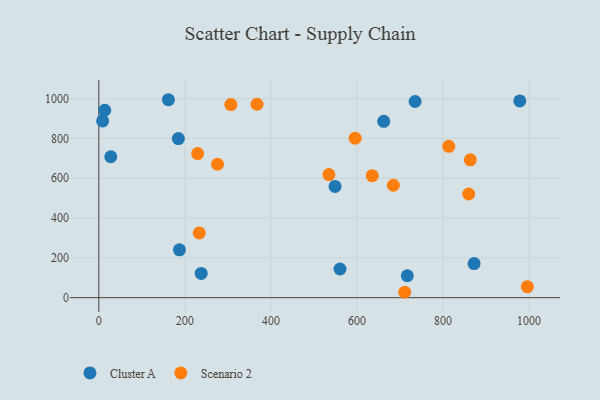
{"axis": {"x": "Engine Size", "y": "Demand"}, "legend": ["Cluster A", "Scenario 2"], "data": [{"x": "735.1", "y": 985.3, "type": "Cluster A"}, {"x": "717.0", "y": 110.2, "type": "Cluster A"}, {"x": "872.2", "y": 171.1, "type": "Cluster A"}, {"x": "560.5", "y": 144.0, "type": "Cluster A"}, {"x": "978.4", "y": 988.0, "type": "Cluster A"}, {"x": "8.9", "y": 887.5, "type": "Cluster A"}, {"x": "184.9", "y": 798.9, "type": "Cluster A"}, {"x": "549.1", "y": 558.9, "type": "Cluster A"}, {"x": "238.0", "y": 121.6, "type": "Cluster A"}, {"x": "662.2", "y": 885.5, "type": "Cluster A"}, {"x": "13.8", "y": 941.4, "type": "Cluster A"}, {"x": "27.8", "y": 707.9, "type": "Cluster A"}, {"x": "187.4", "y": 240.4, "type": "Cluster A"}, {"x": "161.8", "y": 994.2, "type": "Cluster A"}, {"x": "710.9", "y": 27.1, "type": "Scenario 2"}, {"x": "996.0", "y": 55.3, "type": "Scenario 2"}, {"x": "595.7", "y": 801.3, "type": "Scenario 2"}, {"x": "534.7", "y": 618.2, "type": "Scenario 2"}, {"x": "229.7", "y": 723.5, "type": "Scenario 2"}, {"x": "863.4", "y": 692.5, "type": "Scenario 2"}, {"x": "306.9", "y": 969.7, "type": "Scenario 2"}, {"x": "367.7", "y": 971.5, "type": "Scenario 2"}, {"x": "684.5", "y": 564.7, "type": "Scenario 2"}, {"x": "813.3", "y": 760.1, "type": "Scenario 2"}, {"x": "233.5", "y": 325.1, "type": "Scenario 2"}, {"x": "275.9", "y": 670.1, "type": "Scenario 2"}, {"x": "859.6", "y": 520.8, "type": "Scenario 2"}, {"x": "635.5", "y": 612.9, "type": "Scenario 2"}]}